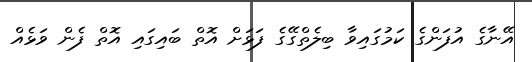
އޭނާގެ އުފަންގެ ކަމުގައިވާ ބިލެތްގޭގެ ފަޅަށް އޮތް ބައިގައި އޮތް ފެން ވަޅެއް